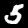
Digit: 5